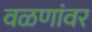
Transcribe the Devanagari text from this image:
वळणांवर